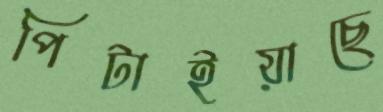
পিটাইয়াছে